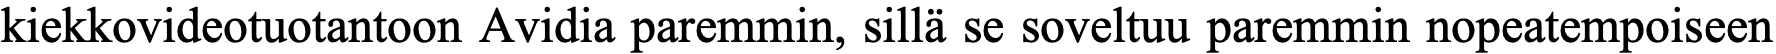
kiekkovideotuotantoon Avidia paremmin, sillä se soveltuu paremmin nopeatempoiseen